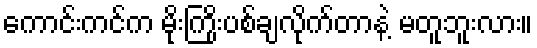
ကောင်းကင်က မိုးကြိုးပစ်ချလိုက်တာနဲ့ မတူဘူးလား။